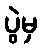
ပွဲမှ